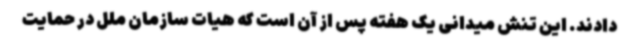
دادند. این تنش میدانی یک هفته پس از آن است که هیات سازمان ملل در حمایت